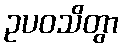
ဥပဝသိတွာ